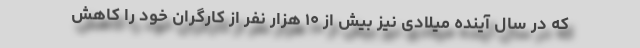
که در سال آینده میلادی نیز بیش از ۱۰ هزار نفر از کارگران خود را کاهش